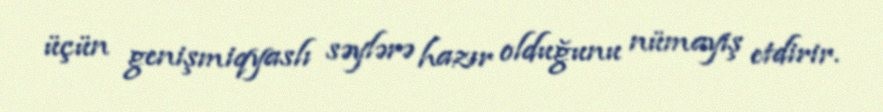
üçün genişmiqyaslı səylərə hazır olduğunu nümayiş etdirir.